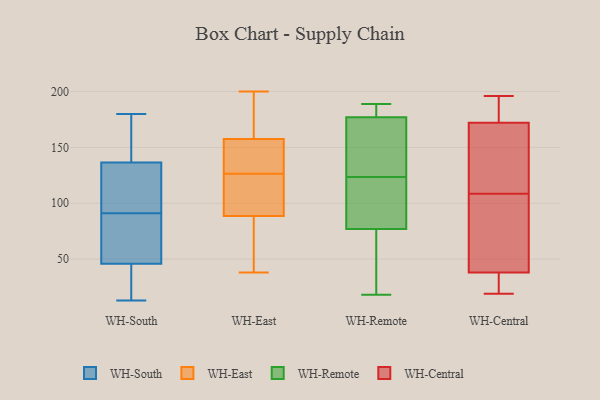
{"axis": {"x": "LTV (USD)", "y": "Value"}, "legend": ["WH-Central", "WH-East", "WH-Remote", "WH-South"], "data": [{"x": "", "y": 22, "type": "WH-South"}, {"x": "", "y": 13, "type": "WH-South"}, {"x": "", "y": 105, "type": "WH-South"}, {"x": "", "y": 135, "type": "WH-South"}, {"x": "", "y": 87, "type": "WH-South"}, {"x": "", "y": 105, "type": "WH-South"}, {"x": "", "y": 91, "type": "WH-South"}, {"x": "", "y": 32, "type": "WH-South"}, {"x": "", "y": 87, "type": "WH-South"}, {"x": "", "y": 83, "type": "WH-South"}, {"x": "", "y": 13, "type": "WH-South"}, {"x": "", "y": 151, "type": "WH-South"}, {"x": "", "y": 165, "type": "WH-South"}, {"x": "", "y": 137, "type": "WH-South"}, {"x": "", "y": 45, "type": "WH-South"}, {"x": "", "y": 110, "type": "WH-South"}, {"x": "", "y": 180, "type": "WH-South"}, {"x": "", "y": 48, "type": "WH-South"}, {"x": "", "y": 179, "type": "WH-South"}, {"x": "", "y": 89, "type": "WH-East"}, {"x": "", "y": 77, "type": "WH-East"}, {"x": "", "y": 38, "type": "WH-East"}, {"x": "", "y": 89, "type": "WH-East"}, {"x": "", "y": 153, "type": "WH-East"}, {"x": "", "y": 175, "type": "WH-East"}, {"x": "", "y": 100, "type": "WH-East"}, {"x": "", "y": 160, "type": "WH-East"}, {"x": "", "y": 88, "type": "WH-East"}, {"x": "", "y": 104, "type": "WH-East"}, {"x": "", "y": 200, "type": "WH-East"}, {"x": "", "y": 149, "type": "WH-East"}, {"x": "", "y": 94, "type": "WH-East"}, {"x": "", "y": 88, "type": "WH-East"}, {"x": "", "y": 63, "type": "WH-East"}, {"x": "", "y": 152, "type": "WH-East"}, {"x": "", "y": 154, "type": "WH-East"}, {"x": "", "y": 192, "type": "WH-East"}, {"x": "", "y": 188, "type": "WH-East"}, {"x": "", "y": 155, "type": "WH-East"}, {"x": "", "y": 77, "type": "WH-Remote"}, {"x": "", "y": 140, "type": "WH-Remote"}, {"x": "", "y": 88, "type": "WH-Remote"}, {"x": "", "y": 177, "type": "WH-Remote"}, {"x": "", "y": 25, "type": "WH-Remote"}, {"x": "", "y": 18, "type": "WH-Remote"}, {"x": "", "y": 188, "type": "WH-Remote"}, {"x": "", "y": 189, "type": "WH-Remote"}, {"x": "", "y": 159, "type": "WH-Remote"}, {"x": "", "y": 107, "type": "WH-Remote"}, {"x": "", "y": 32, "type": "WH-Central"}, {"x": "", "y": 97, "type": "WH-Central"}, {"x": "", "y": 154, "type": "WH-Central"}, {"x": "", "y": 66, "type": "WH-Central"}, {"x": "", "y": 180, "type": "WH-Central"}, {"x": "", "y": 43, "type": "WH-Central"}, {"x": "", "y": 196, "type": "WH-Central"}, {"x": "", "y": 33, "type": "WH-Central"}, {"x": "", "y": 182, "type": "WH-Central"}, {"x": "", "y": 19, "type": "WH-Central"}, {"x": "", "y": 164, "type": "WH-Central"}, {"x": "", "y": 120, "type": "WH-Central"}]}